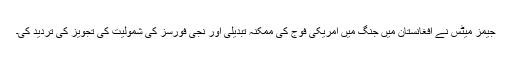
جیمز میٹس نے افغانستان میں جنگ میں امریکی فوج کی ممکنہ تبدیلی اور نجی فورسز کی شمولیت کی تجویز کی تردید کی۔